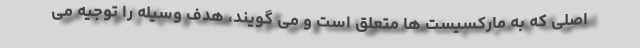
اصلی که به مارکسیست ها متعلق است و می گویند، هدف وسیله را توجیه می